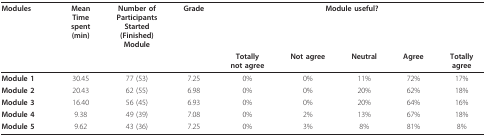
| Modules | MeanTimespent(min) | Number ofParticipantsStarted(Finished)Module | Grade | <COLSPAN=5> Module useful? |
 |  |  |  |  | Totallynot agree | Not agree | Neutral | Agree | Totallyagree |
 | --- | --- | --- | --- | --- | --- | --- | --- | --- |
 | Module 1 | 30.45 | 77 (53) | 7.25 | 0% | 0% | 11% | 72% | 17% |
 | Module 2 | 20.43 | 62 (55) | 6.98 | 0% | 0% | 20% | 62% | 18% |
 | Module 3 | 16.40 | 56 (45) | 6.93 | 0% | 0% | 20% | 64% | 16% |
 | Module 4 | 9.38 | 49 (39) | 7.08 | 0% | 2% | 13% | 67% | 18% |
 | Module 5 | 9.62 | 43 (36) | 7.25 | 0% | 3% | 8% | 81% | 8% |